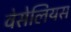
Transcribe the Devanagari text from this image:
वेसेलियस